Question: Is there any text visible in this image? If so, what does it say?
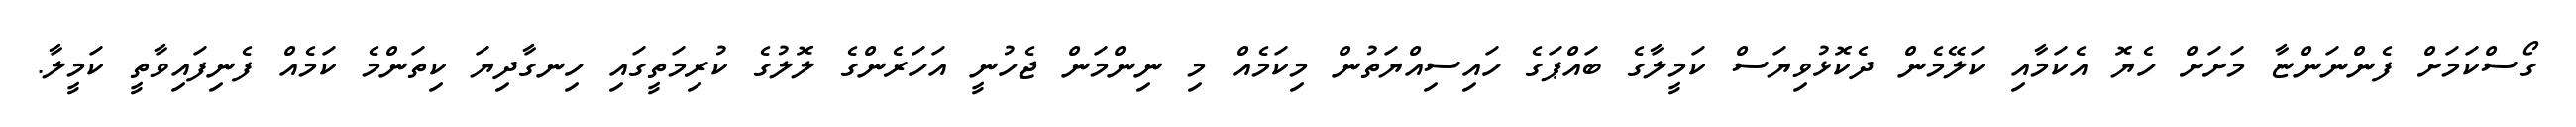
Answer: ގޯސްކަމަށް ފެންނަންޏާ މަށަށް ހެޔޮ އެކަމާއި ކަލޭމެން ދެކޮޅުވިޔަސް ކަމީލާގެ ބައްޕަގެ ހައިސިއްޔަތުން މިކަމެއް މި ނިންމަން ޖެހުނީ އަހަރެންގެ ލޮލުގެ ކުރިމަތީގައި ހިނގާދިޔަ ކިތަންމެ ކަމެއް ފެނިފައިވާތީ ކަމީލާ.